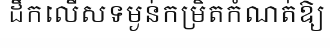
ដឹកលើសទម្ងន់កម្រិតកំណត់ឱ្យ